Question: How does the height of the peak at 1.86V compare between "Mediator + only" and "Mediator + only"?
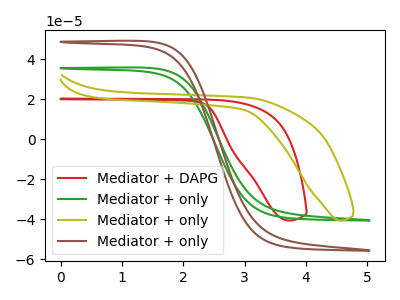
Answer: <think>The red curve "Mediator + DAPG" has no peaks. The green curve "Mediator + only" has no peaks. The olive curve "Mediator + only" has no peaks. The brown curve "Mediator + only" has no peaks.</think>
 <answer>"Mediator + only" and "Mediator + only" dont share a peak at 1.86V.</answer>
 <eval>mismatch</eval>